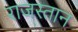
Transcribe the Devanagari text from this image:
राजस्तान